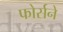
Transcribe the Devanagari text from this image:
फोर्सने